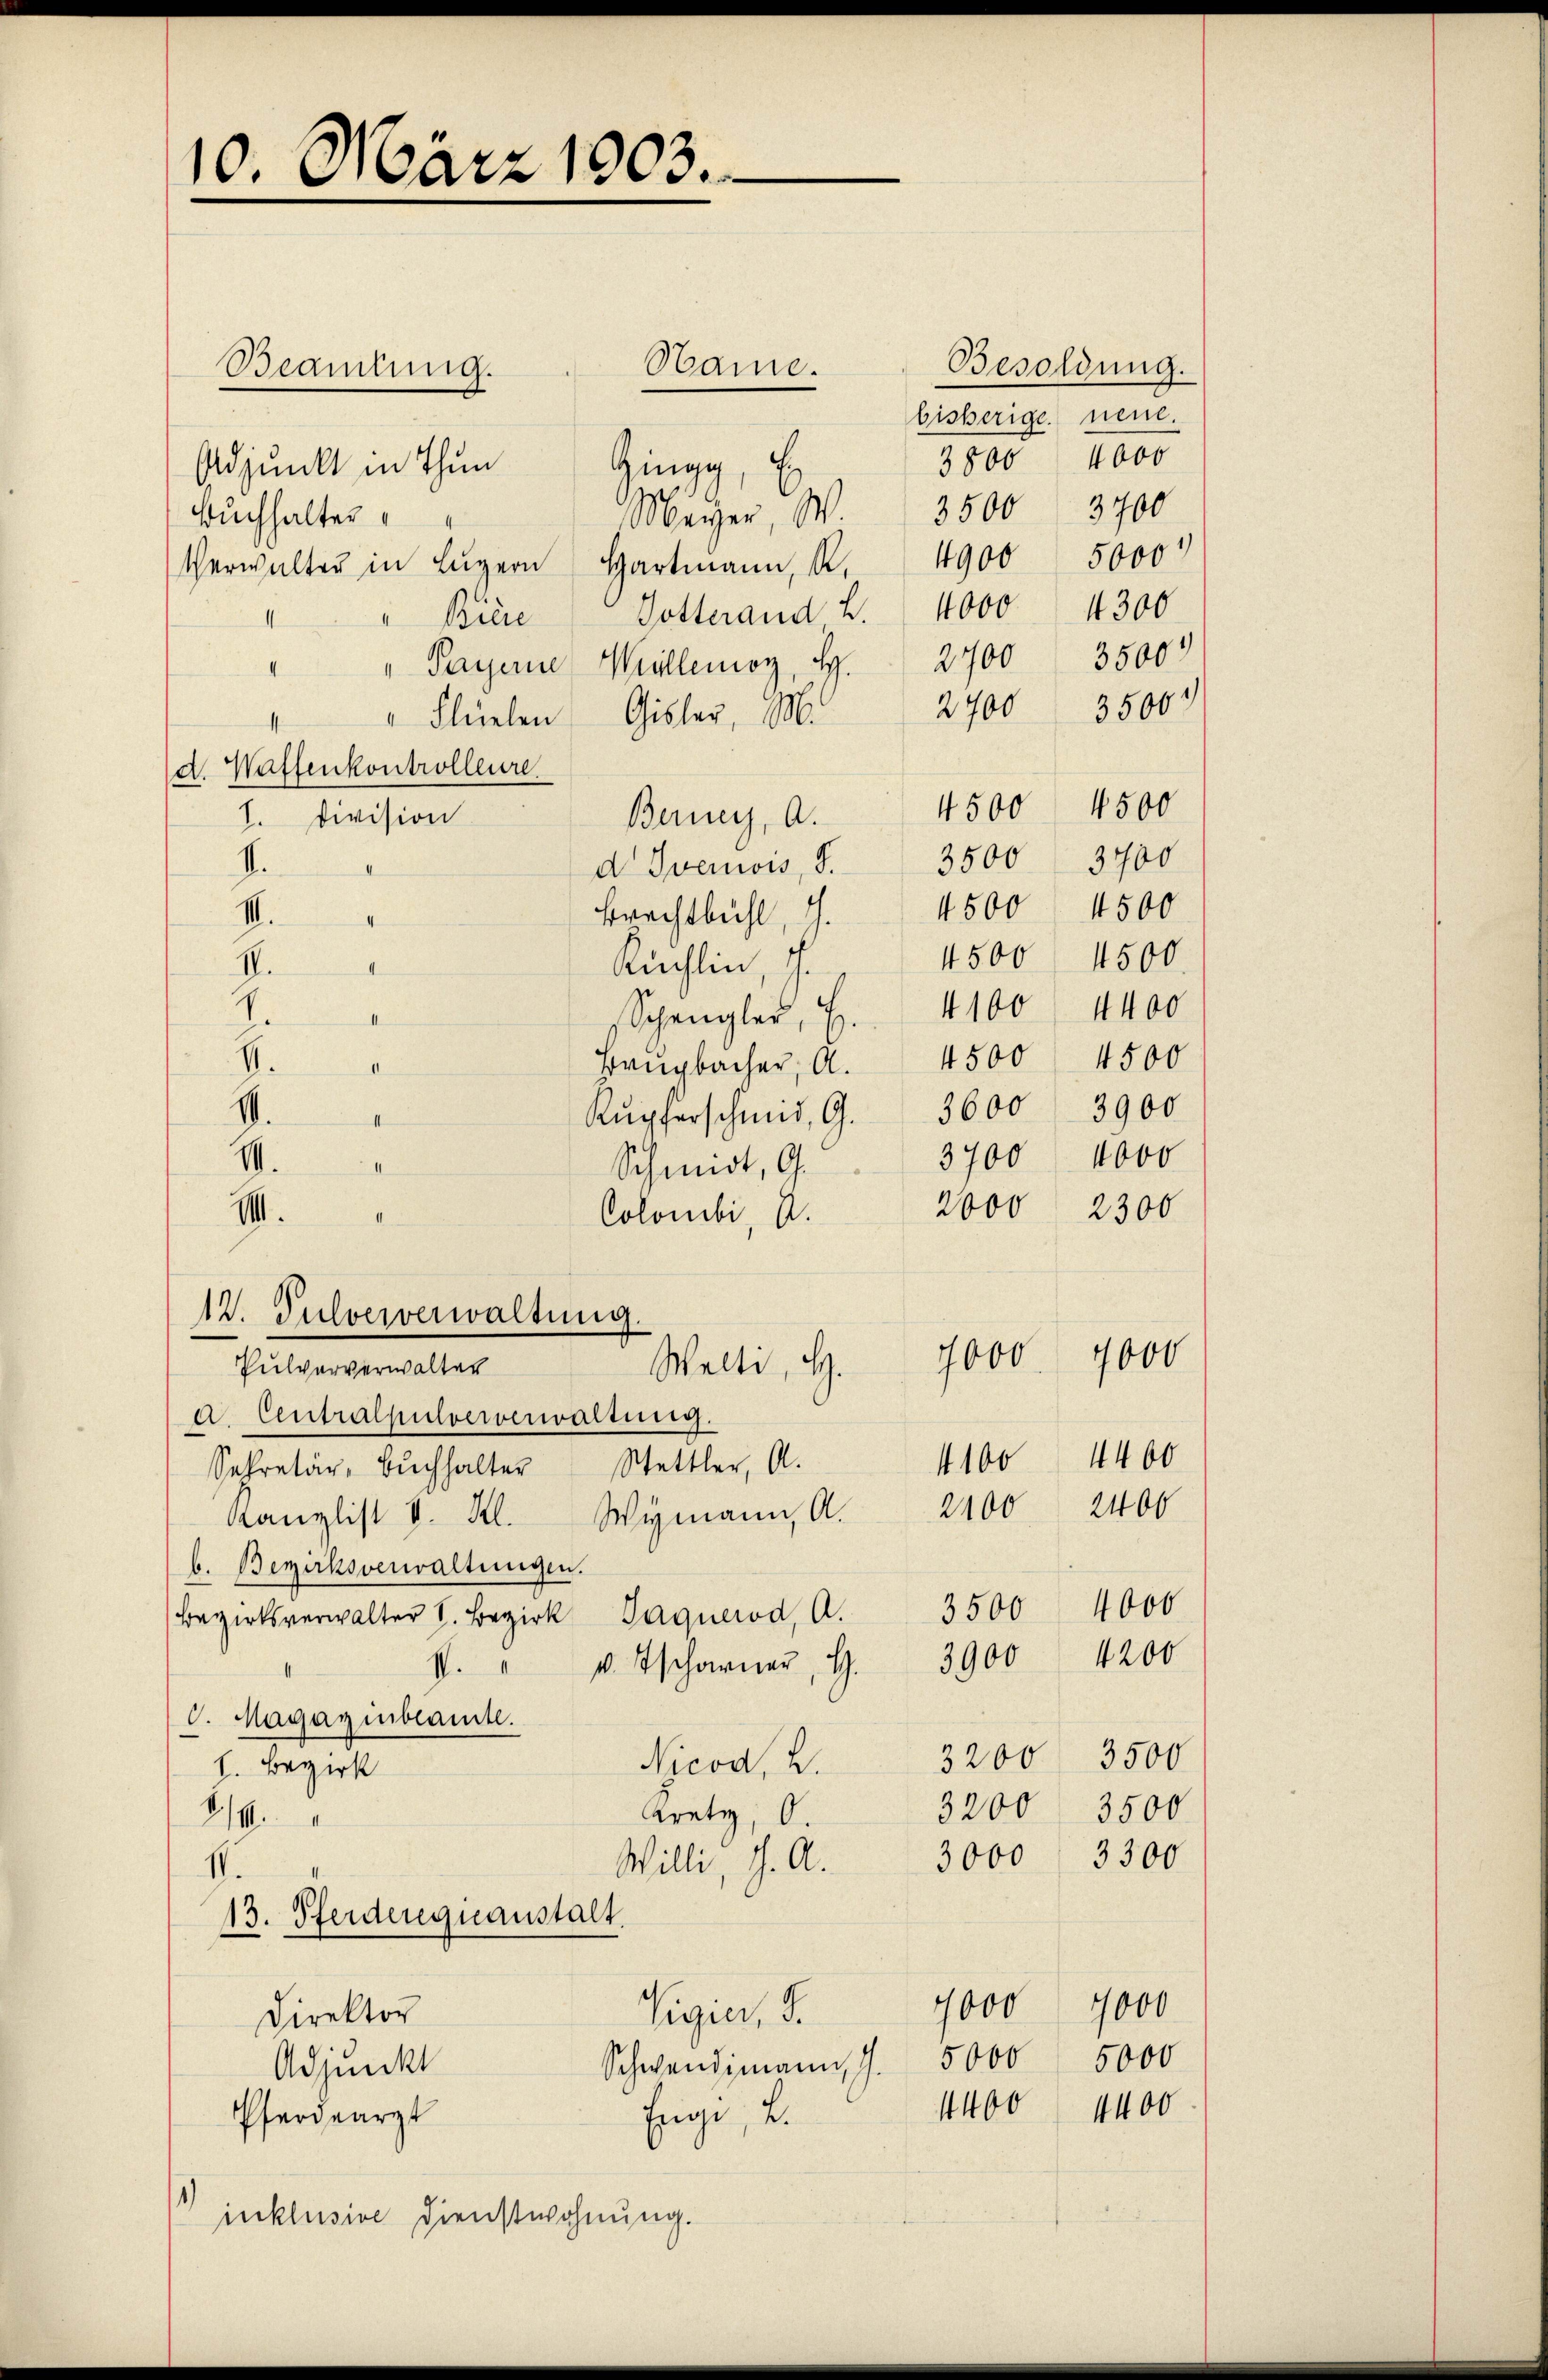
10. März 1903.

Beamtung.
Adjunkt in Thun Gingg, E
Meizer, W. 3500 3700
Buchhalter
Verwalter in Luzern Hartmann, K.
Bière Dotterand 2 4000 4300
" Payerne Willenior, H.
.
" " Flüelen Gisler, M.
d. Waffenkontrolleure
I. Division
Berney, A.
I.
d Ivemois, S.
Brachtbühl, dh.
II.
4
Rüchlin 1
II.
I
Z
Spengler, S. 4100. 4400
I
Baŭgbacher, A. 4500 4500
.
V.
Kupferschmid, G.
I
7
Schmidt, G.
III.
Colombi, A.
1
12. Pulververwaltung.

Welti, H.
Pulververwalter
a. Centralsulververwaltung.
Sekretär, Bŭchhalter Stettler, A.
Kanzlist v. Kl. Wymann, A.

Hame.

b. Bezirksverwaltungen.
Bezirksverwalter V. Bezirk Paquerod, A.
S. Magazinbeamte.
Nicod, 2.
h. Bezirk
Kretz, O.
. 14.
Willi, J. A.
I.
13. Pferderguanstalt.
Vigier, S.
Direktor
Schwendimann J.
Adjunkt
Enge, u.
Pferdearzt
1)
inklusive Dienstwohnung.

s. " v. Tscharner, H. 3900

Besoldung.
bisherige neue.
3800 4000
5000
4900
3500
2700
2700 3500
4500 4500
3700
3500
4500 4500
4500 4500.
3600
3900
3700 4000
2000 2300

4000
7000
4100 4400
2400 2400
4000
3500
4200

3200 3500
3200
3500
3000 3300

7000
5000
4400

4000
5000
4400